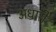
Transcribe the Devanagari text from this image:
अधारी